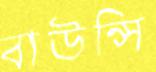
বাউন্সি